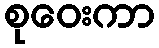
စုဝေးကာ